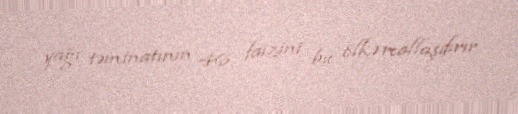
yağı təminatının 46 faizini bu ölkə reallaşdırır.